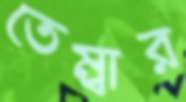
তেম্বার